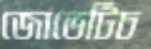
জোভেটিচ